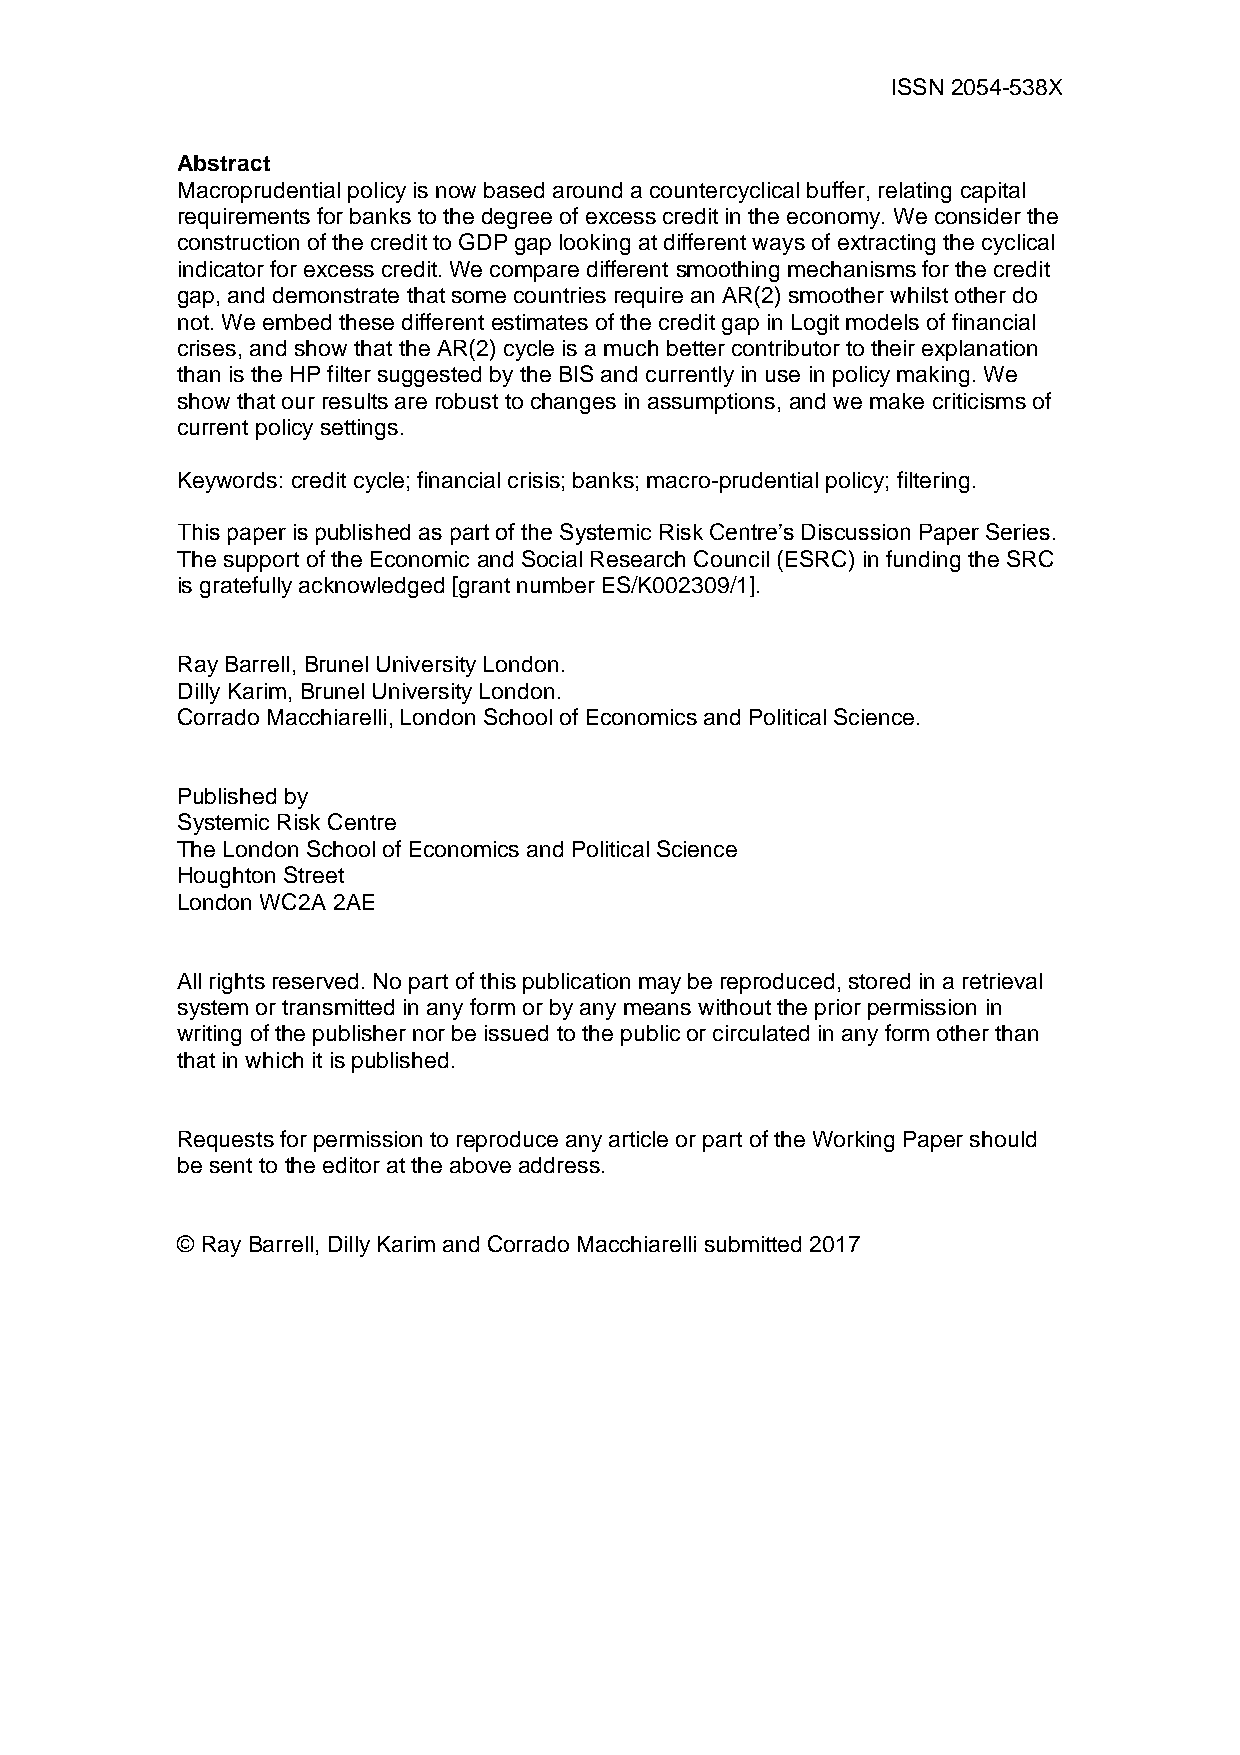
ISSN 2054-538X
 Abstract
 Macroprudential policy is now based around a countercyclical buffer, relating capital
 requirements for banks to the degree of excess credit in the economy. We consider the
 construction of the credit to GDP gap looking at different ways of extracting the cyclical
 indicator for excess credit. We compare different smoothing mechanisms for the credit
 gap, and demonstrate that some countries require an AR(2) smoother whilst other do
 not. We embed these different estimates of the credit gap in Logit models of financial
 crises, and show that the AR(2) cycle is a much better contributor to their explanation
 than is the HP filter suggested by the BIS and currently in use in policy making. We
 show that our results are robust to changes in assumptions, and we make criticisms of
 current policy settings.
 Keywords: credit cycle; financial crisis; banks; macro-prudential policy; filtering.
 This paper is published as part of the Systemic Risk Centre’s Discussion Paper Series.
 The support of the Economic and Social Research Council (ESRC) in funding the SRC
 is gratefully acknowledged [grant number ES/K002309/1].
 Ray Barrell, Brunel University London.
 Dilly Karim, Brunel University London.
 Corrado Macchiarelli, London School of Economics and Political Science.
 Published by
 Systemic Risk Centre
 The London School of Economics and Political Science
 Houghton Street
 London WC2A 2AE
 All rights reserved. No part of this publication may be reproduced, stored in a retrieval
 system or transmitted in any form or by any means without the prior permission in
 writing of the publisher nor be issued to the public or circulated in any form other than
 that in which it is published.
 Requests for permission to reproduce any article or part of the Working Paper should
 be sent to the editor at the above address.
 © Ray Barrell, Dilly Karim and Corrado Macchiarelli submitted 2017